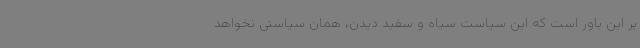
بر این باور است که این سیاست سیاه و سفید دیدن، همان سیاستی نخواهد